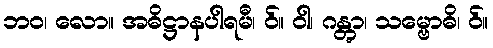
ဘဝ၊ လော။ အဓိဋ္ဌာနပါရမီ၊ ဝ်။ ဝါ၊ ဂန္တွာ၊ သမ္ဗောဓိ၊ ဝ်။